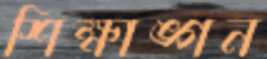
শিক্ষাঙ্গন